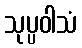
သုပ္ပဝါသံ